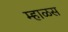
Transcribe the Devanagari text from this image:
म्हाळस